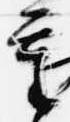
重